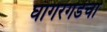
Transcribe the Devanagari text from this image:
घागरगडचा